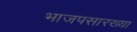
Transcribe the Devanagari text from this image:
भाजपसारख्या